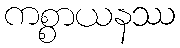
ကစ္စာယနဿ